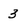
Character: 3